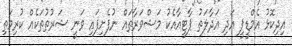
އިދިކޮޅު އެމްޑީޕީ އަދި އަދާލަތު ޕާޓީއާއެކު މަޝްވަރާތައް ނުފެށިފައި ވަނީ ޝަރުތުތަކެއް ކުރިމަތި